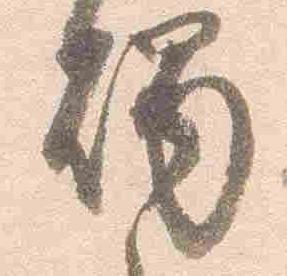
燭